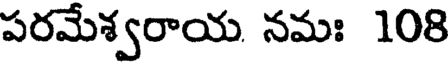
పరమేశ్వరాయ నమః 108